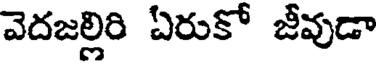
వెదజల్లిరి ఏరుకో జీవుడా